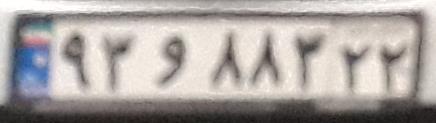
۹۳و۸۸۳۲۲